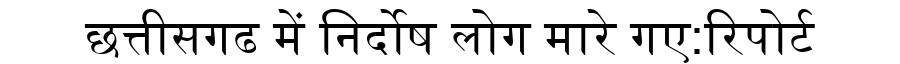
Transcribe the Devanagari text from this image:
छत्तीसगढ में निर्दोष लोग मारे गए:रिपोर्ट